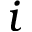
i